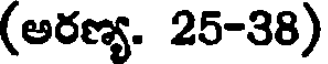
(అరణ్య. 25-38)